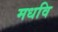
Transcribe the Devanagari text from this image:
मधवि